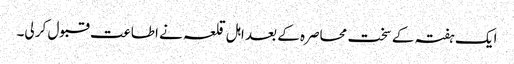
ایک ہفتہ کے سخت محاصرہ کے بعد اہل قلعہ نے اطاعت قبول کر لی۔